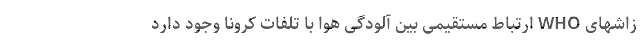
زاشهای WHO ارتباط مستقیمی بین آلودگی هوا با تلفات کرونا وجود دارد